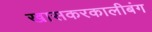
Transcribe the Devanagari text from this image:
खासकरकालीबंग